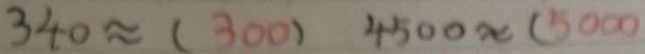
3 4 0 \approx ( 3 0 0 ) 4 5 0 0 \approx ( 5 0 0 0